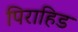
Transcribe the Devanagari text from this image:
पिराहिड